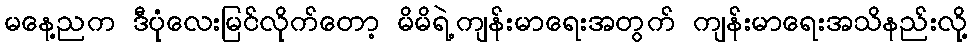
မနေ့ညက ဒီပုံလေးမြင်လိုက်တော့ မိမိရဲ့ကျန်းမာရေးအတွက် ကျန်းမာရေးအသိနည်းလို့